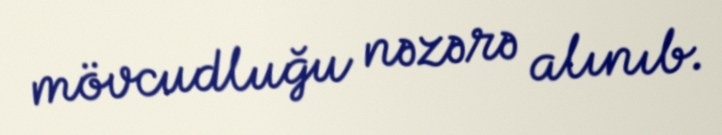
mövcudluğu nəzərə alınıb.